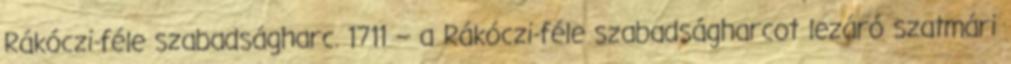
Rákóczi-féle szabadságharc. 1711 – a Rákóczi-féle szabadságharcot lezáró szatmári